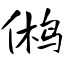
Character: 鸺